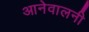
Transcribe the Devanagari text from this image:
आनेवालनी